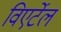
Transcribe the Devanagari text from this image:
विएर्टेल